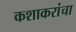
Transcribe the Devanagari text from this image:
कशाकरांचा